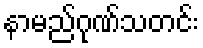
နာမည်ဂုဏ်သတင်း